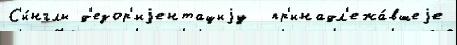
С'и́нглы д'езор'иjентациjу  пр'инадл'ежа́вшеjе